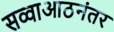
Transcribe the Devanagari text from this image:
सव्वाआठनंतर